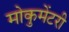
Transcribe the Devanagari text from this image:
मोकुमेंटरी